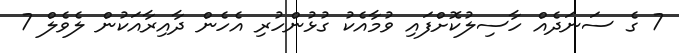
7 ގެ ސަނަދެއް ހާސިލުކޮށްފައި ވުމާއެކު ގުޅުންހުރި އެހެން ދާއިރާއަކުން ލެވެލް 7